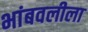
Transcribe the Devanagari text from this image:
भांबवलीला